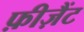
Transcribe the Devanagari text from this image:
फ़ीज़ैंट